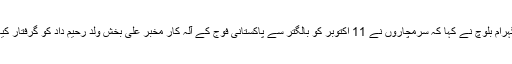
گہرام بلوچ نے کہا کہ سرمچاروں نے 11 اکتوبر کو بالگتر سے پاکستانی فوج کے آلہ کار مخبر علی بخش ولد رحیم داد کو گرفتار کیا۔